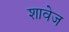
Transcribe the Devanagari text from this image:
शावेज